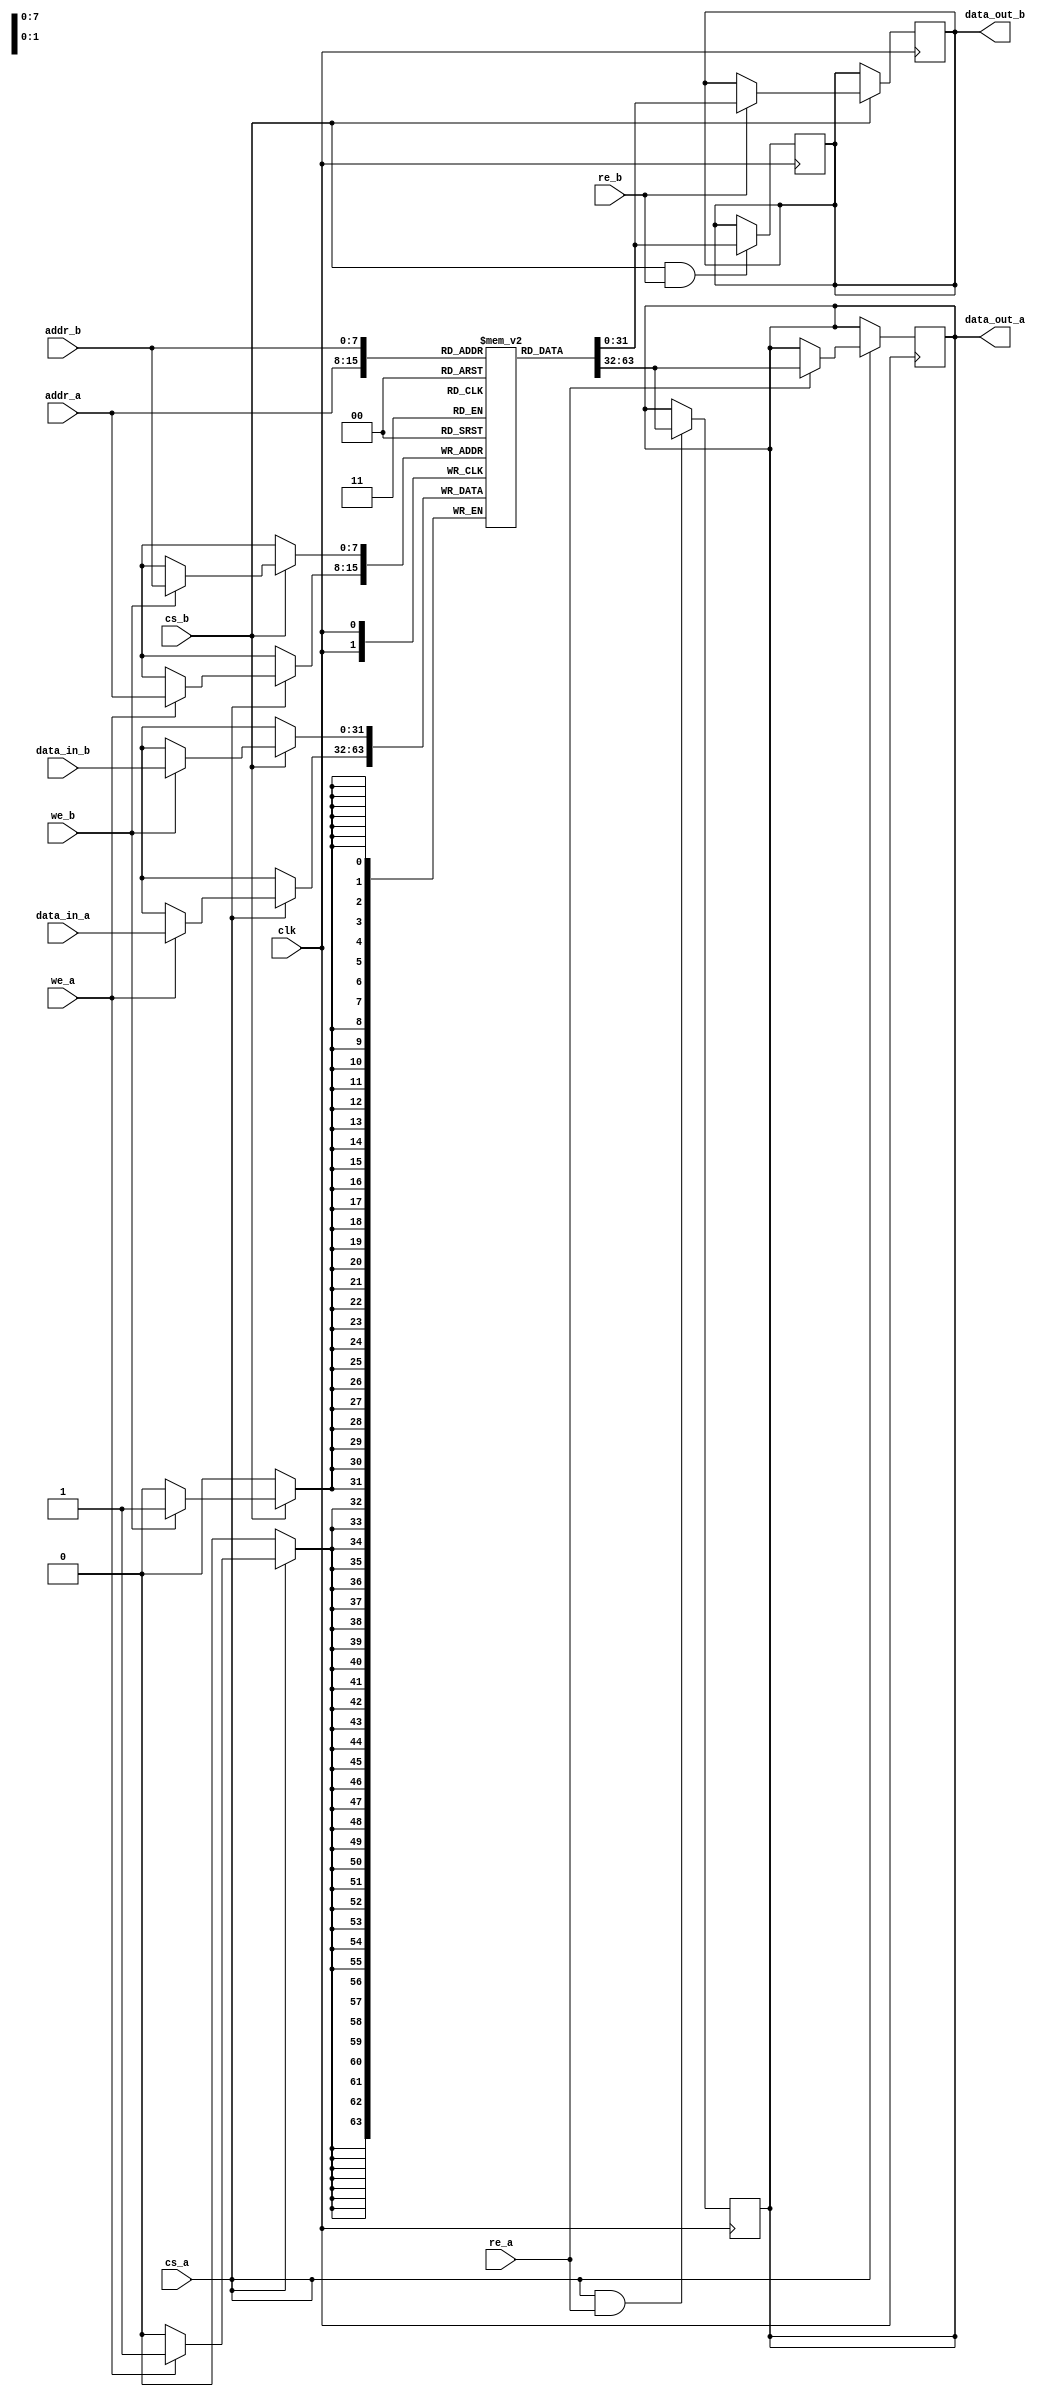
module dual_port_scratchpad_memory #(
    parameter DEPTH = 256, // Number of words
    parameter WIDTH = 32    // Number of bits per word
) (
    input wire clk,                   // Clock signal for synchronous operation
    input wire cs_a,                  // Chip Select for Port A
    input wire cs_b,                  // Chip Select for Port B
    input wire we_a,                  // Write Enable for Port A
    input wire we_b,                  // Write Enable for Port B
    input wire re_a,                  // Read Enable for Port A
    input wire re_b,                  // Read Enable for Port B
    input wire [WIDTH-1:0] data_in_a, // Data input for Port A
    input wire [WIDTH-1:0] data_in_b, // Data input for Port B
    input wire [$clog2(DEPTH)-1:0] addr_a, // Address input for Port A
    input wire [$clog2(DEPTH)-1:0] addr_b, // Address input for Port B
    output reg [WIDTH-1:0] data_out_a, // Data output for Port A
    output reg [WIDTH-1:0] data_out_b  // Data output for Port B
);

    // Memory array declaration
    reg [WIDTH-1:0] memory [0:DEPTH-1];

    // Port A operations
    always @(posedge clk) begin
        if (cs_a) begin
            // Write operation for Port A
            if (we_a) begin
                memory[addr_a] <= data_in_a;
            end
            // Read operation for Port A
            if (re_a) begin
                data_out_a <= memory[addr_a];
            end
        end
    end

    // Port B operations
    always @(posedge clk) begin
        if (cs_b) begin
            // Write operation for Port B
            if (we_b) begin
                memory[addr_b] <= data_in_b;
            end
            // Read operation for Port B
            if (re_b) begin
                data_out_b <= memory[addr_b];
            end
        end
    end

    // Asynchronous operations (for example, if desired)
    always @(posedge clk) begin
        if (cs_a && re_a) begin
            data_out_a <= memory[addr_a];
        end
        if (cs_b && re_b) begin
            data_out_b <= memory[addr_b];
        end
    end

endmodule